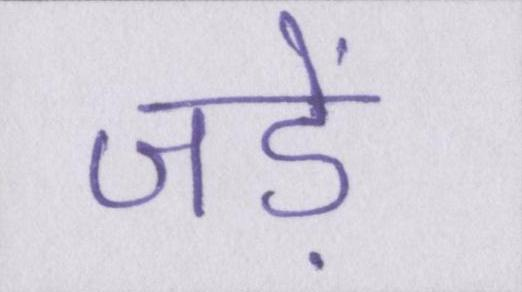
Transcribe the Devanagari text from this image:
जड़ें